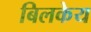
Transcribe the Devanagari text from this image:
बिलकेय